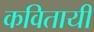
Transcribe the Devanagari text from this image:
कवितायी